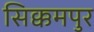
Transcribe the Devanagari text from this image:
सिक्कमपुर